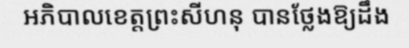
អភិបាលខេត្តព្រះសីហនុ បានថ្លែងឱ្យដឹង